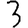
Digit: 3